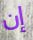
إن